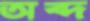
অব্দ